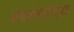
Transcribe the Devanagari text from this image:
केशकंबलीच्या